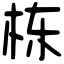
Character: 栋